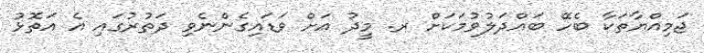
ޖަމިއްޔާތަކާ ބެހޭ ބައްދަލުވުމަކަށް ރ. މީދު އަށް ވަޑައިގެންނެވި ދަތުރުގައި އެ އަތޮޅު